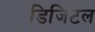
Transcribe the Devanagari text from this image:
डिजिटल